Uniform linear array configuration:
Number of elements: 48
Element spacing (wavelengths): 0.75
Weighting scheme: hamming
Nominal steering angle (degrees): -45
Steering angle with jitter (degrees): -46.211
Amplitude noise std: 0.05
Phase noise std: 0.05

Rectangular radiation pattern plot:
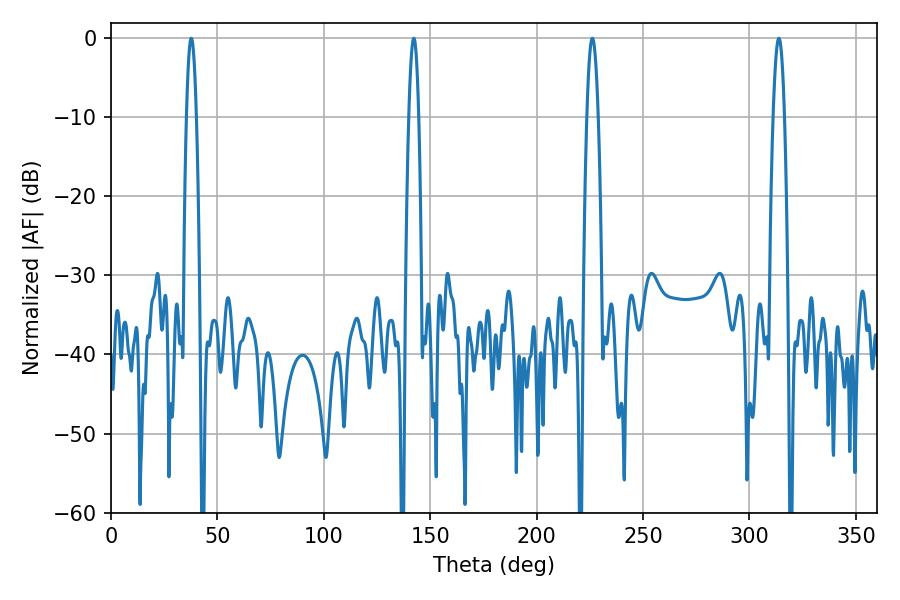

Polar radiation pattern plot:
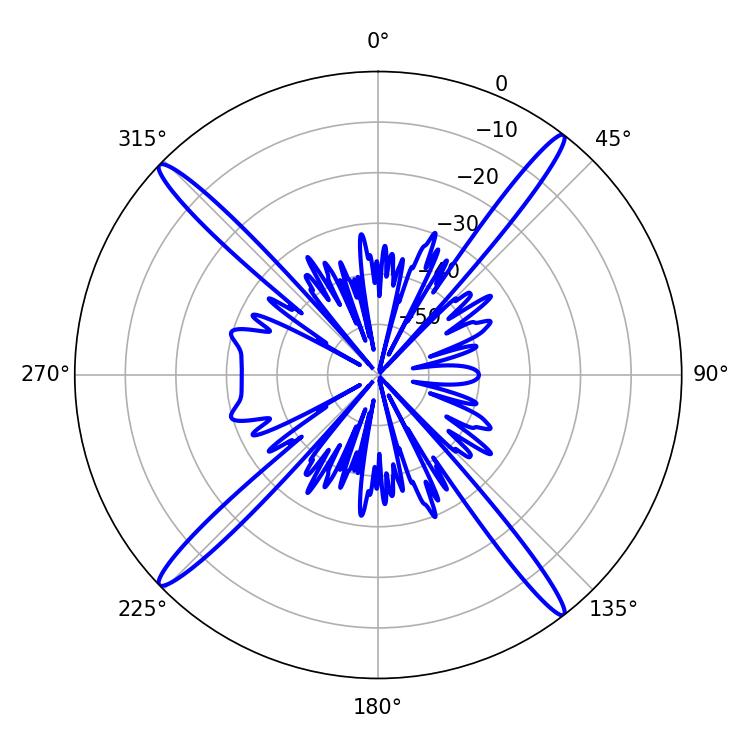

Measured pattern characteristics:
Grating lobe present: TRUE
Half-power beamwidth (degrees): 2.88
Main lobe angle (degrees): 313.74